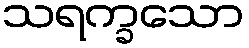
သရက္ခသော